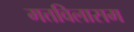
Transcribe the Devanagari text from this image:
मत्तविलासम